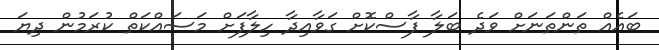
ބައެއް ތަންތަނަށް ވަދެ ބަލާ ފާސްކޮށް ގަވާއިދާ ހިލާފަށް މަސައްކަތް ކުރަމުން ދިޔަ